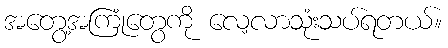
အတွေ့အကြုံတွေကို လေ့လာသုံးသပ်ရတယ်။